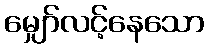
မျှော်လင့်နေသော